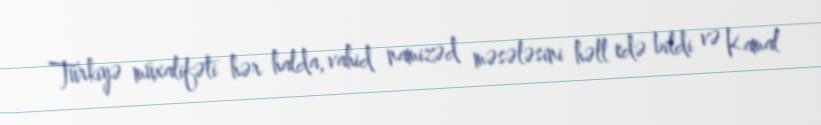
Türkiyə müxalifəti hər halda, vahid namizəd məsələsini həll edə bildi və Kamal